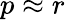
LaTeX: p\approx r